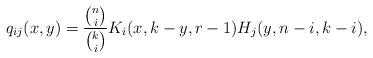
LaTeX: \begin{align*}q_{ij}(x,y) = \frac{\binom{n}{i}}{\binom{k}{i}}K_{i}(x,k-y,r-1)H_{j}(y,n-i,k-i), \end{align*}